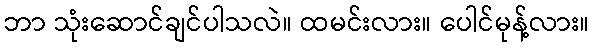
ဘာ သုံးဆောင်ချင်ပါသလဲ။ ထမင်းလား။ ပေါင်မုန့်လား။